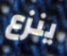
ينزع